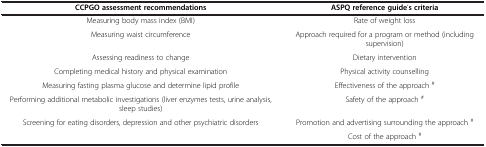
<table><thead><tr><td><b>CCPGO assessment recommendations</b></td><td><b>ASPQ reference guide’s criteria</b></td></tr></thead><tbody><tr><td>Measuring body mass index (BMI)</td><td>Rate of weight loss</td></tr><tr><td>Measuring waist circumference</td><td>Approach required for a program or method (including supervision)</td></tr><tr><td>Assessing readiness to change</td><td>Dietary intervention</td></tr><tr><td>Completing medical history and physical examination</td><td>Physical activity counselling</td></tr><tr><td>Measuring fasting plasma glucose and determine lipid profile</td><td>Effectiveness of the approach <sup>#</sup></td></tr><tr><td>Performing additional metabolic investigations (liver enzymes tests, urine analysis, sleep studies)</td><td>Safety of the approach <sup>#</sup></td></tr><tr><td>Screening for eating disorders, depression and other psychiatric disorders</td><td>Promotion and advertising surrounding the approach <sup>#</sup></td></tr><tr><td> </td><td>Cost of the approach <sup>#</sup></td></tr></tbody></table>